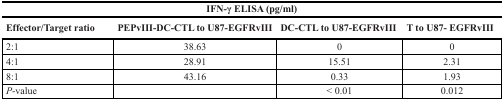
<table><thead><tr><td colspan="4"><b>IFN-γ ELISA (pg/ml)</b></td></tr><tr><td><b>Effector/Target ratio</b></td><td><b>PEPvIII-DC-CTL to U87-EGFRvIII</b></td><td><b>DC-CTL to U87-EGFRvIII</b></td><td><b>T to U87- EGFRvIII</b></td></tr></thead><tbody><tr><td>2:1</td><td>38.63</td><td>0</td><td>0</td></tr><tr><td>4:1</td><td>28.91</td><td>15.51</td><td>2.31</td></tr><tr><td>8:1</td><td>43.16</td><td>0.33</td><td>1.93</td></tr><tr><td><i>P</i>-value</td><td></td><td>&lt; 0.01</td><td>0.012</td></tr></tbody></table>